Indian journal of veterinary science and animal husbandry - Volume 9,
Year: 1939
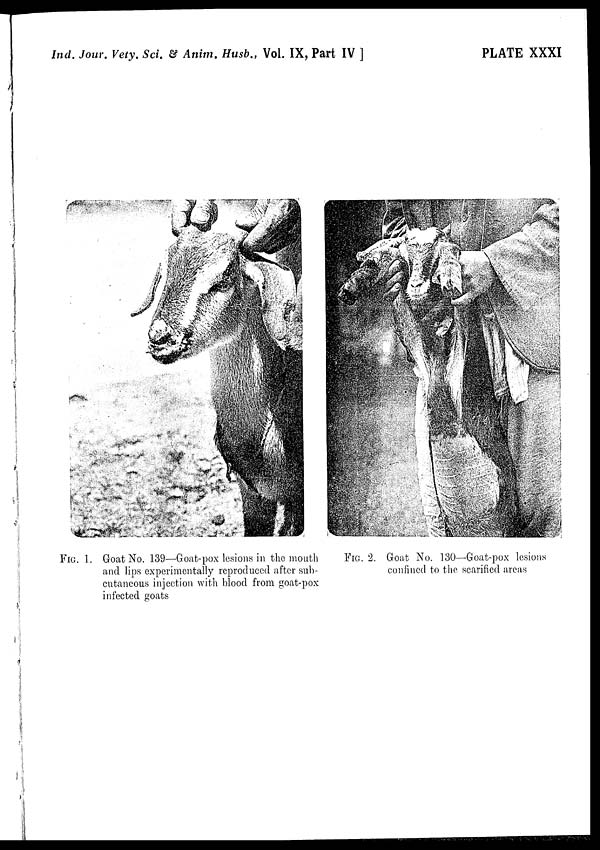
Ind. Jour. Vety. Sci. & Anim. Husb., Vol. IX, Part IV ]
PLATE XXXI
FIG. 1. Goat No. 139—Goat-pox lesions in the mouth
and lips experimentally reproduced after sub-
cutaneous injection with blood from goat-pox
infected goats
FIG. 2. Goat No. 130—Goat-pox lesions
confined to the scarified areas